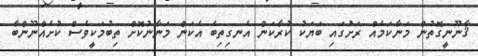
ޤާނޫނީގޮތުން މަނާކަމެއް ރަށުަގައި ބަޔަކު ކުރާކަން އެނގިތިބެ އެކަން މަނާނުކޮށް ތިބުމަކީވެސް ކުށެއްނޫންބާ